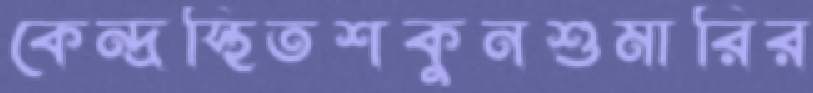
কেন্দ্রস্থিতশকুনশুমারির